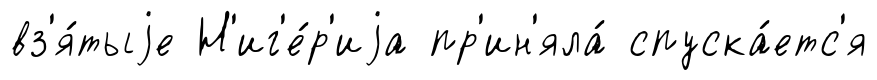
вз'я́тыjе Н'иг'е́р'иjа пр'ин'яла́ спуска́етс'я